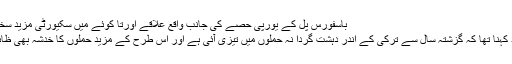
باسفورس پل کے یورپی حصے کی جانب واقع علاقے اورتا کوئے میں سکیورٹی مزید سخت کر دی گئی ہے
غالب دالے کا مزید کہنا تھا کہ گزشتہ سال سے ترکی کے اندر دہشت گردا نہ حملوں میں تیزی آئی ہے اور اس طرح کے مزید حملوں کا خدشہ بھی ظاہر کیا جاتا رہا ہے۔